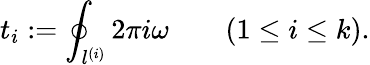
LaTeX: t_{i}:=\oint_{l^{(i)}}2\pi i\omega\qquad(1\leq i\leq k).